Annual report of the Central Committee of the Association together with the report of the directors of the Pasteur Institute at Kasauli
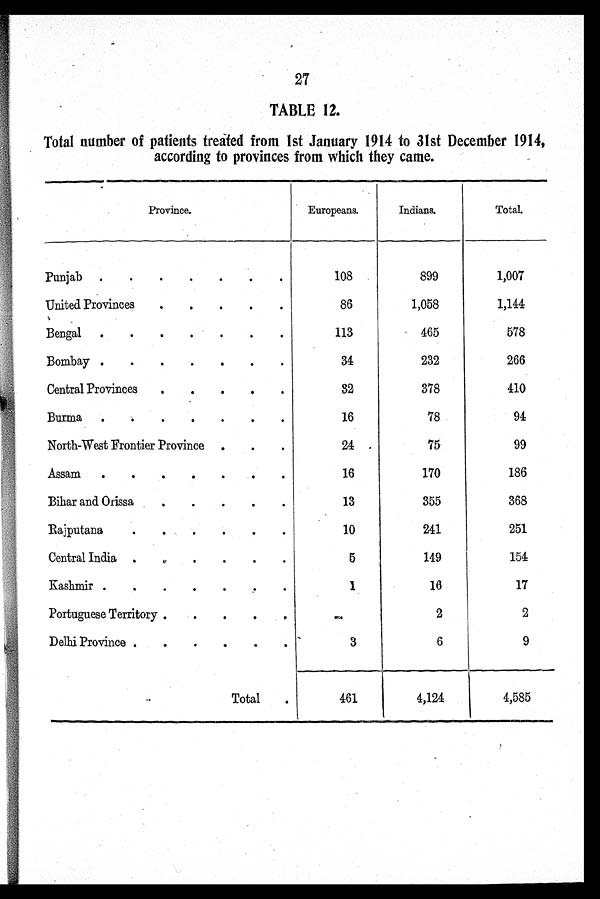
27
TABLE 12.
Total number of patients treated from 1st January 1914 to 31st December 1914,
according to provinces from which they came.
Province.
Europeans.
Indians.
Total.
Punjab
108
899
1,007
United Provinces
86
1,058
1,144
Bengal
113
465
578
Bombay
34
232
266
Central Provinces
32
378
410
Burma
16
78
94
North-West Frontier Province
24
75
99
Assam
16
170
186
Bihar and Orissa
13
355
368
Rajputana
10
241
251
Central India
5
149
154
Kashmir
1
16
17
Portuguese Territory
2
2
Delhi Province
3
6
9
Total
461
4,124
4,585